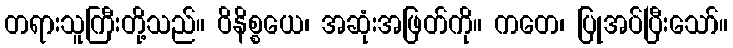
တရားသူကြီးတို့သည်။ ဝိနိစ္စယေ၊ အဆုံးအဖြတ်ကို။ ကတေ၊ ပြုအပ်ပြီးသော်။